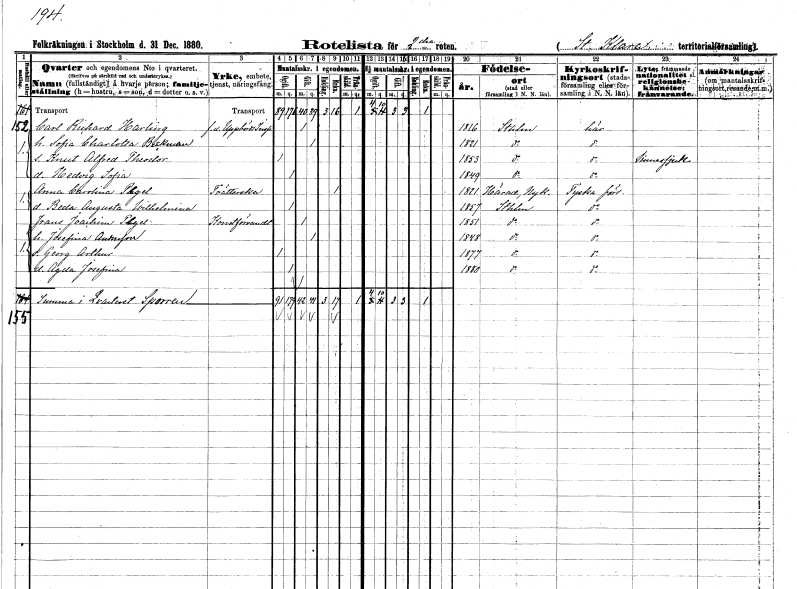
gt_parse: households: individuals: FN: Carl Richard
EN: Harling
YRKE: Uppbördsinspektör f.d.
KON: M
CIV: G
FODAR: 1816
FODFORS: Stockholm
FN: Sofia Charlotta
EN: Beckman
KON: K
CIV: G
FODAR: 1821
FODFORS: Stockholm
FN: Knut Alfred Theodor
KON: M
CIV: O
FODAR: 1853
FODFORS: Stockholm
FN: Hedvig Sofia
KON: K
CIV: O
FODAR: 1849
FODFORS: Stockholm
FN: Anna Carolina
EN: Pegel
YRKE: Tvätterska
KON: K
CIV: E
FODAR: 1821
FODFORS: Härad Södermanlands län
FN: Beda Augusta Wilhelmina
KON: K
CIV: O
FODAR: 1857
FODFORS: Stockholm
FN: Frans Joachim
EN: Pegel
YRKE: Konstförvandt
KON: M
CIV: G
FODAR: 1851
FODFORS: Stockholm
FN: Josefina
EN: Andersson
KON: K
CIV: G
FODAR: 1848
FODFORS: Stockholm
FN: Georg Arthur
KON: M
CIV: O
FODAR: 1877
FODFORS: Stockholm
FN: Agda Josefina
KON: K
CIV: O
FODAR: 1880
FODFORS: Stockholm